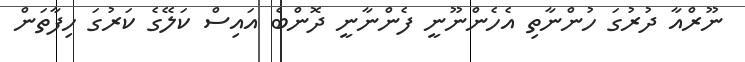
ނޫރްއާ ދުރުގަ ހުންނާތި އެހެންނޫނީ ފެންނާނީ ދޮންބެ އައިސް ކަލޭގެ ކަރުގަ ހިފާތަން